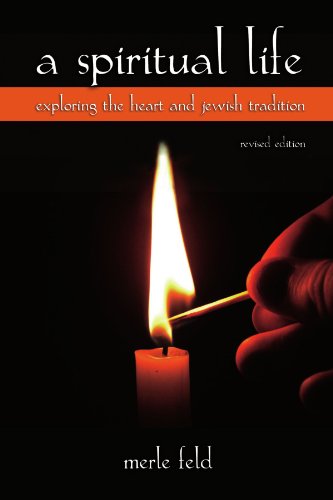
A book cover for A Spiritual Life: Exploring the Heart and Jewish Tradition (S U N Y Series in Modern Jewish Literature and Culture); Merle Feld; Religion & Spirituality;